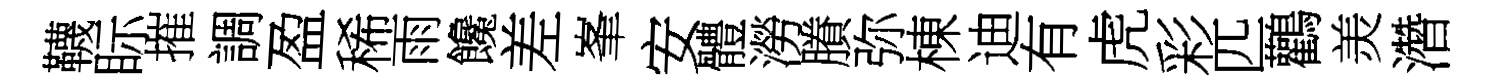
韈眎摧調盈稀雨饞差峯安體澇賸弥棟迪有虎彩匹鸛羙濳